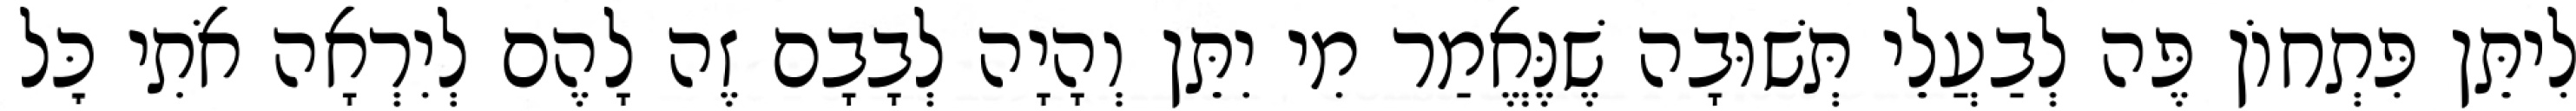
לִיתֵּן פִּתְחוֹן פֶּה לְבַעֲלֵי תְּשׁוּבָה שֶׁנֶּאֱמַר מִי יִתֵּן וְהָיָה לְבָבָם זֶה לָהֶם לְיִרְאָה אֹתִי כׇּל